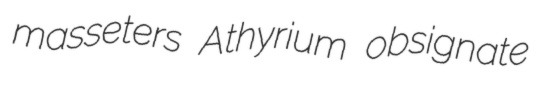
masseters Athyrium obsignate